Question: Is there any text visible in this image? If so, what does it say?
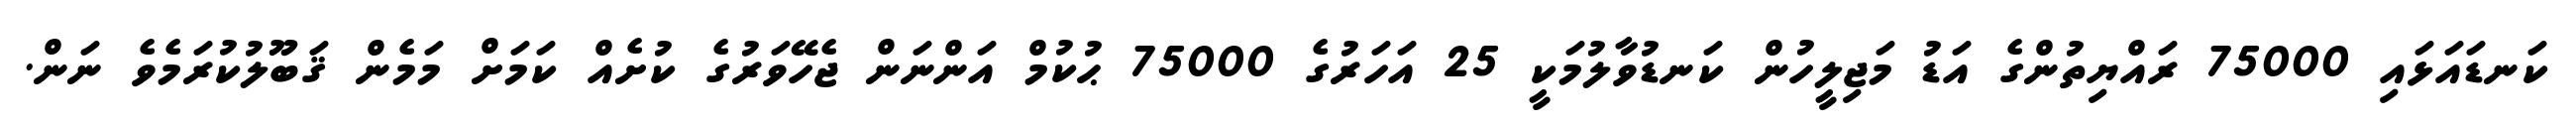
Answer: ކަނޑައަޅައި 75000 ރައްޔިތުންގެ އަޑު މަޖިލީހުން ކަނޑުވާލުމަކީ 25 އަހަރުގެ 75000 ޙުކުމް އަންނަން ޖެހޭވަރުގެ ކުށެއް ކަމަށް މަމެން ޤަބޫލުކުރަމެވެ ނަން.